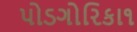
પોડગોરિકા૧